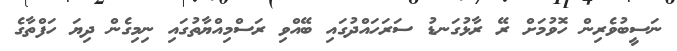
ނަސީބުވެރިން ހޮވުމަށް ރޭ ރާޅުގަނޑު ސަރަހައްދުގައި ބޭއްވި ރަސްމިއްޔާތުގައި ނިމިގެން ދިޔަ ހަފްތާގެ